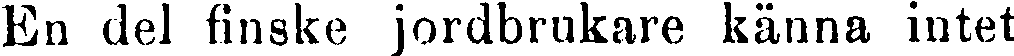
En del finske jordbrukare känna intet